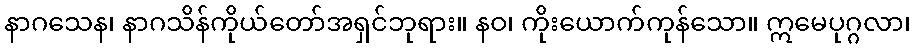
နာဂသေန၊ နာဂသိန်ကိုယ်တော်အရှင်ဘုရား။ နဝ၊ ကိုးယောက်ကုန်သော။ ဣမေပုဂ္ဂလာ၊